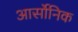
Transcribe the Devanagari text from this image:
आर्सोनिक